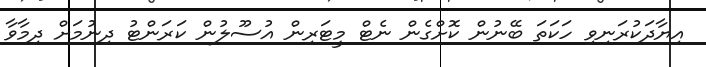
އިޔާދަކުރަނިވި ހަކަތަ ބޭނުން ކޮށްގެން ނެޓް މީޓަރިން އުސޫލުން ކަރަންޓު ދިނުމަށް ދިމާވާ